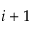
i + 1